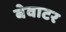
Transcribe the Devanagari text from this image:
बेवाटर